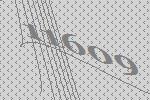
11609